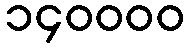
၁၄၀၀၀၀